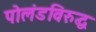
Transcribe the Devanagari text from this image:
पोलंडविरुद्ध